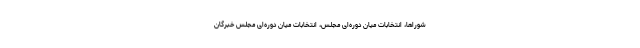
شوراها، انتخابات میان دوره‌ای مجلس، انتخابات میان دوره‌ای مجلس خبرگان